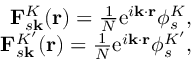
\begin{array} { r } { \mathbf { F } _ { s \mathbf { k } } ^ { K } ( \mathbf { r } ) = \frac { 1 } { N } \mathrm { e } ^ { i \mathbf { k } \cdot \mathbf { r } } \phi _ { s } ^ { K } , } \\ { \mathbf { F } _ { s \mathbf { k } } ^ { K ^ { \prime } } ( \mathbf { r } ) = \frac { 1 } { N } \mathrm { e } ^ { i \mathbf { k } \cdot \mathbf { r } } \phi _ { s } ^ { K ^ { \prime } } , } \end{array}